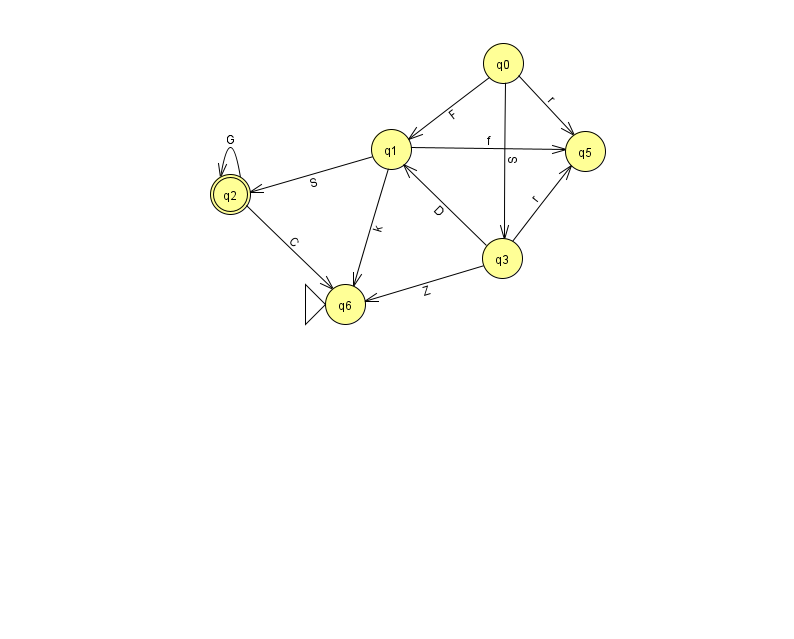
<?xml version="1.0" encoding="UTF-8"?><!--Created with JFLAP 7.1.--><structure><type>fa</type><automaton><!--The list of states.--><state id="0" name="q0"><x>503.0</x><y>50.0</y></state><state id="1" name="q1"><x>391.0</x><y>136.0</y></state><state id="2" name="q2"><x>230.0</x><y>181.0</y><final/></state><state id="3" name="q3"><x>502.0</x><y>245.0</y></state><state id="5" name="q5"><x>585.0</x><y>138.0</y></state><state id="6" name="q6"><x>345.0</x><y>291.0</y><initial/></state><!--The list of transitions.--><transition><from>2</from><to>6</to><read>C</read></transition><transition><from>3</from><to>5</to><read>r</read></transition><transition><from>1</from><to>6</to><read>k</read></transition><transition><from>3</from><to>1</to><read>D</read></transition><transition><from>1</from><to>5</to><read>f</read></transition><transition><from>0</from><to>1</to><read>F</read></transition><transition><from>0</from><to>5</to><read>r</read></transition><transition><from>3</from><to>6</to><read>Z</read></transition><transition><from>0</from><to>3</to><read>S</read></transition><transition><from>2</from><to>2</to><read>G</read></transition><transition><from>1</from><to>2</to><read>S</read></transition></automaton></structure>